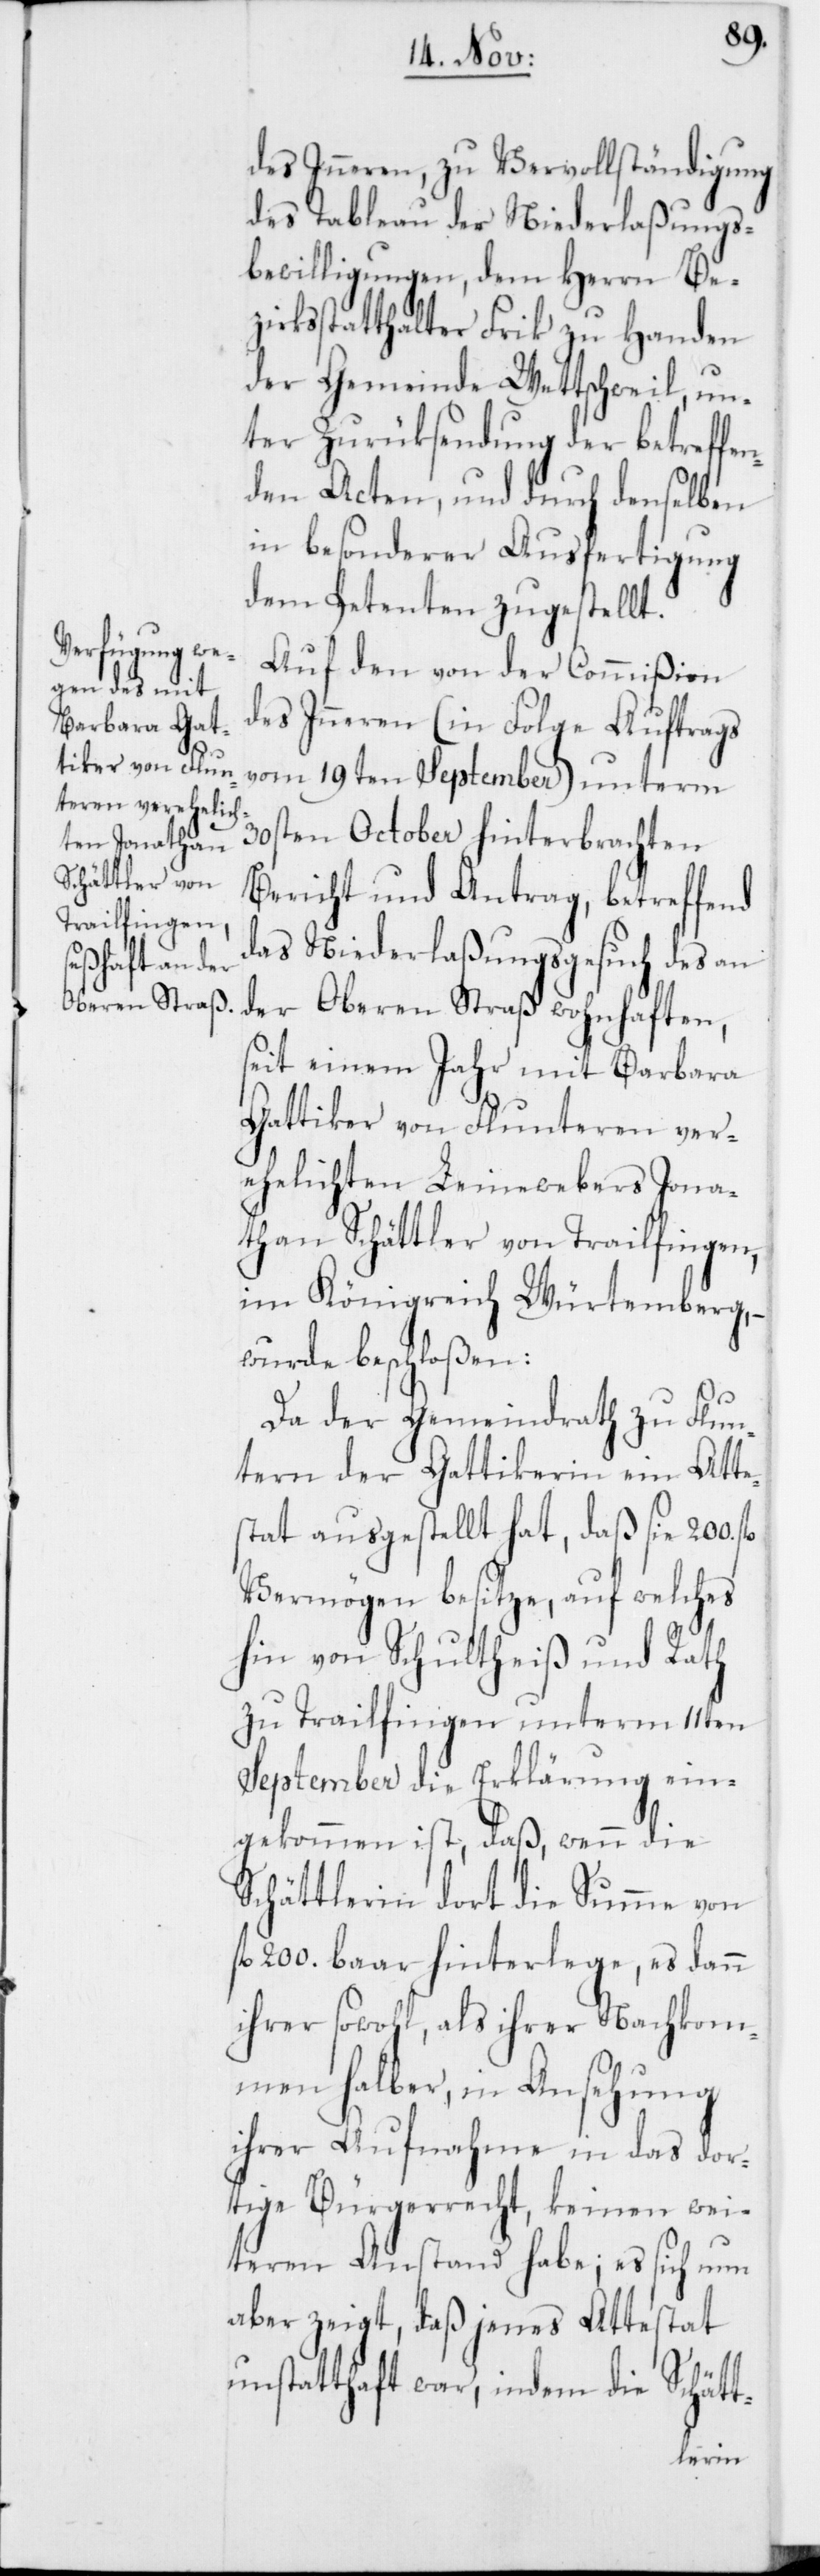
des Inneren, zu Vervollständigung
des Tableau der Niederlaßungs¬
bewilligungen, dem Herrn Be¬
zirksstatthalter Frik zu Handen
der Gemeinde Wettschweil un¬
ter Zurüksendung der betreffe¬
nden Acten, und durch denselben
in besonderer Ausfertigung
dem Petenten zugestellt.
Auf den von der Commißion
des Inneren (in Folge Auftrags
vom 19ten September) unterm
30sten October hinterbrachten
Bericht und Antrag, betreffend
das Niederlaßungsgesuch des an
der Oberen Straß wohnhaften,
seit einem Jahr mit Barbara
Gattiker von Flunteren
ehelichten Leinewebers Jona¬
than Schättler von Trailfingen
im Königreich Würtemberg, –
wurde beschloßen:
Da der Gemeindrath zu Flun¬
tern der Gattikerin ein Atte¬
stat ausgestellt hat, daß sie 200.
Vermögen besitze, auf welches
hin von Schultheiß und Rath
zu Trailfingen unterm 11ten
September die Erklärung ein¬
gekommen ist, daß, wenn die
Schättlerin dort die Summe von
200. baar hinterlege, es dann
ihrer sowohl, als ihrer Nachkom¬
men halber, in Ansehung
ihrer Aufnahme in das dor¬
tige Bürgerrecht, keinen wei¬
teren Anstand habe; es sich nun
aber zeigt, daß jenes Attestat
unstatthaft war, indem die Schätt-
ver¬